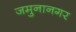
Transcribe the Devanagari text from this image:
जमुनानगर